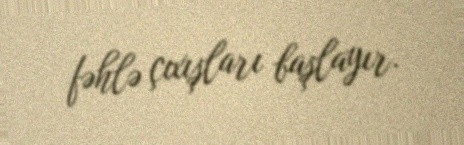
fəhlə çıxışları başlayır.